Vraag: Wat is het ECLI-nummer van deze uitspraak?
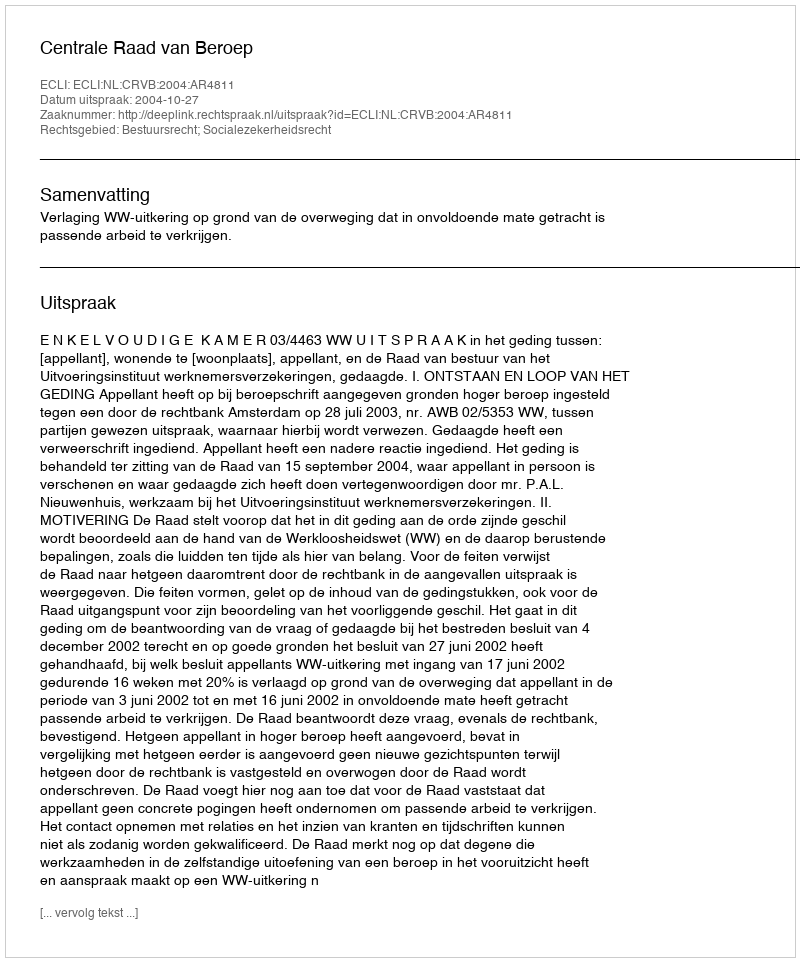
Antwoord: ECLI:NL:CRVB:2004:AR4811